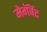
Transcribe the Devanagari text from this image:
मेगॅवॅट